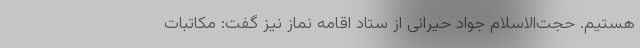
هستیم. حجت‌الاسلام جواد حیرانی از ستاد اقامه نماز نیز گفت: مکاتبات